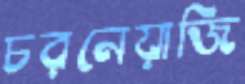
চরনেয়াজি